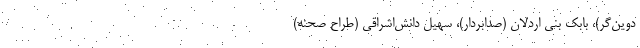
دوین‌گر)، بابک بنی اردلان (صدابردار)، سهیل دانش‌اشراقی (طراح صحنه)